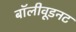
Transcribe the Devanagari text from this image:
बॉलीवूडनट